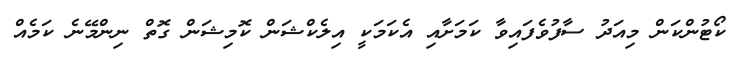
ކޯޓުންކަން މިއަދު ސާފުވެފައިވާ ކަމަށާއި އެކަމަކީ އިލެކްޝަން ކޮމިޝަން ގޮތް ނިންމޭނެ ކަމެއް